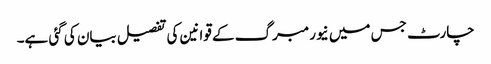
چارٹ جس میں نیورمبرگ کے قوانین کی تفصیل بیان کی گئی ہے۔